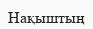
Нақыштың